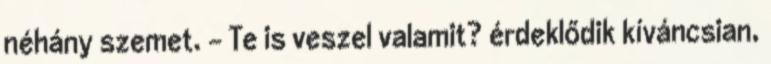
néhány szemet. - Te is veszel valamit? érdeklődik kíváncsian,